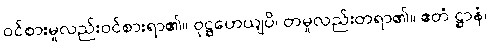
ဝင်စားမူလည်းဝင်စားရာ၏။ ဝုဋ္ဌဟေယျပိ၊ တမူလည်းတရာ၏။ ဧတံ ဋ္ဌာနံ၊